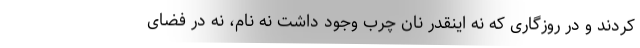
کردند و در روزگاری که نه اینقدر نان چرب وجود داشت نه نام، نه در فضای